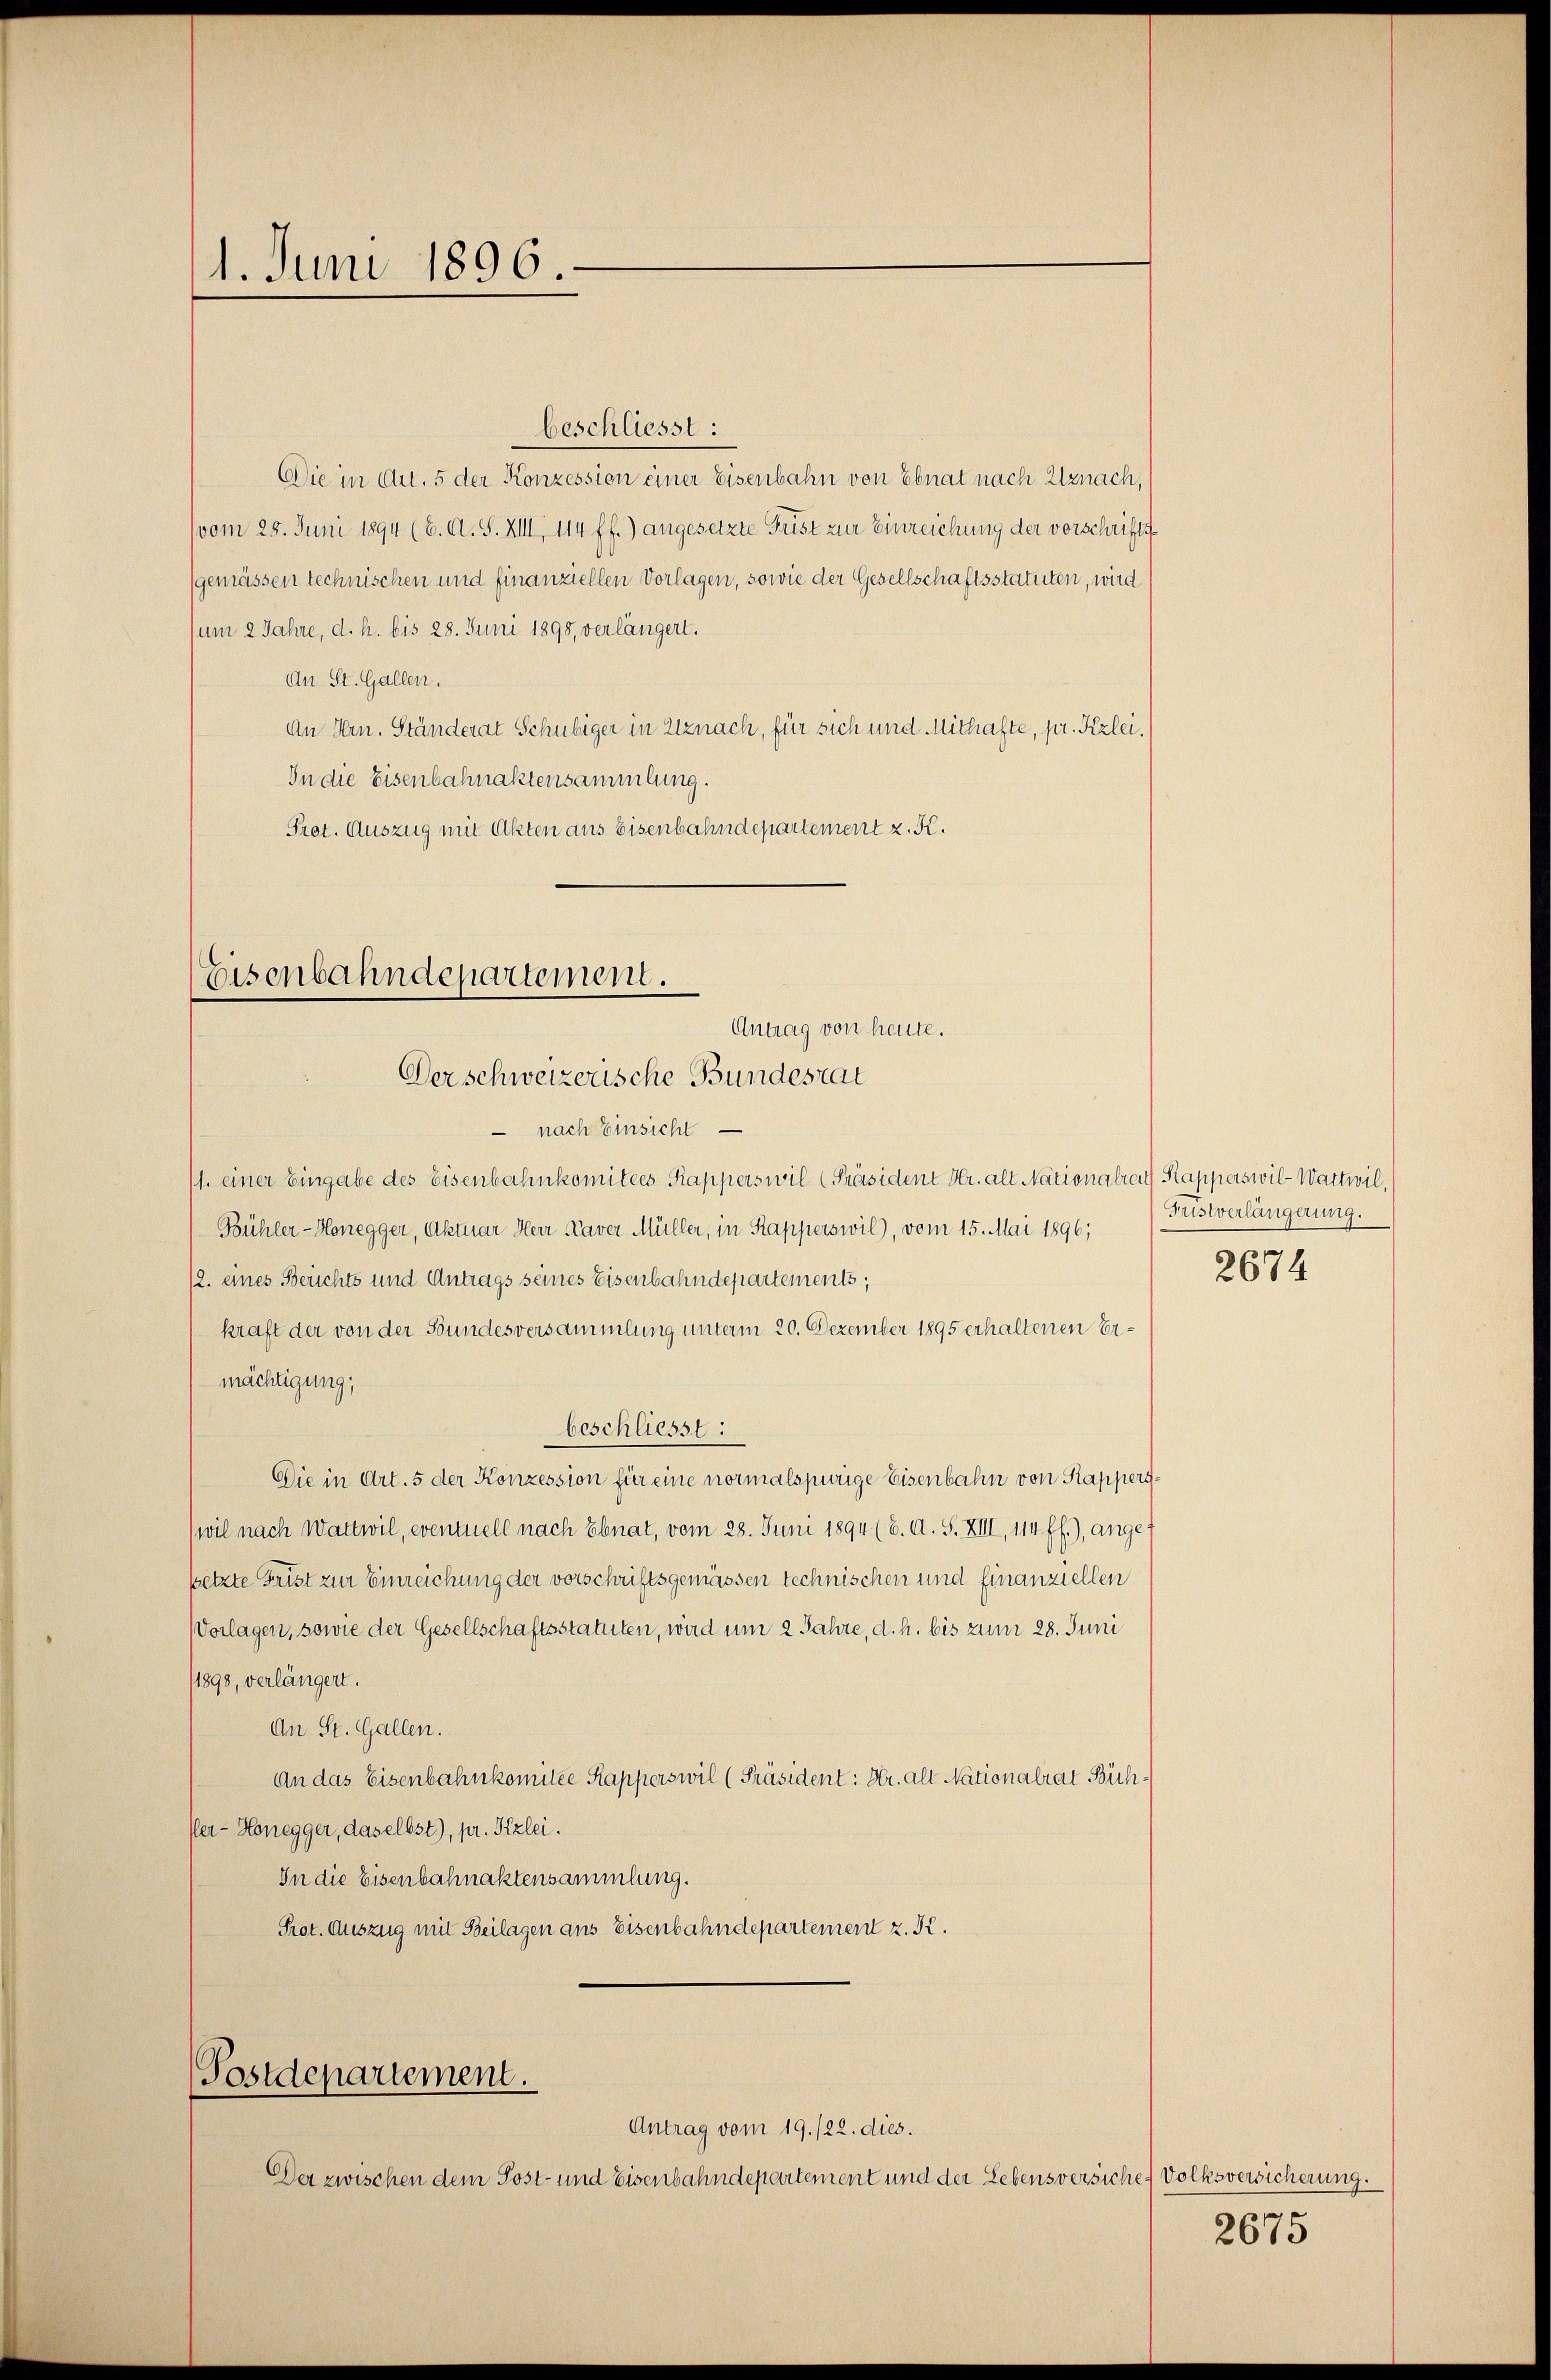
1. Juni 1896.

beschliesst:
Die in Art. 5 der Konzession einer Eisenbahn von Ebnat nach Uznach,
(vom 28. Juni 1894 (6. A. S. XIII, 114 ff.) angesetzte Frist zur Einreichung der vorschrift
(gemässen technischen und finanziellen Vorlagen, sowie der Gesellschaftsstatuten, wird
sum 2 Jahre, d. h. bis 28. Juni 1898, verlängert.
An St. Gallen.
An Hrn. Ständerat Schubiger in Utznach, für sich und Mithafte, pr. Kzlei,
In die Eisenbahnaktensammlung.
Prot. Auszug mit Akten aus Eisenbahndepartement z. K.

Eisenbahndepartement.
Antrag von heute.
Der schweizerische Bundesrat

nach Einsicht
11. einer Eingabe des Eisenbahnkomitees Kapperswil (Präsident Hr. alt Nationalrat Kapperswil-Wattwil,
Bühler-Honegger, Aktuar Herr Kaver Müller, in Kapperswil), vom 15. Mai 1896;
/2. eines Berichts und Antrags seines Eisenbahndepartements;
kraft der von der Bundesversammlung unterm 20. Dezember 1895 erhaltenen Ermächtigung,
beschliesst:
Die in Art. 5 der Konzession für eine normalspurige Eisenbahn von Kappers¬
(wil nach Wattwil, eventuell nach Ebnat, vom 28. Juni 1894 (6. A. S. XIII, 114 ff.), angesetzte Frist zur Einreichung der vorschriftsgemässen technischen und finanziellen
Vorlagen, sowie der Gesellschaftsstatuten, wird um 2 Jahre, d. h. bis zum 28. Juni
1898, verlängert.
An St. Gallen.
An das Eisenbahnkomitee Kapperswil (Präsident: Hr. all Nationalrat Bich¬
Pler-Honegger, daselbst), pr. Kzlei.
In die Eisenbahnaktensammlung.
Prot. Auszug mit Beilagen ans Eisenbahndepartement z. K.

Postdepartement.

Antrag vom 19. /22. dies.
Der zwischen dem Post- und Eisenbahndepartement und der Lebensversiche Volksversicherung.

Fristverlängerung.

2674

2675